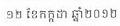
១២ ខែកក្កដា ឆ្នាំ២០១២